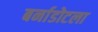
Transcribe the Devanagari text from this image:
बर्नाडोटला